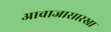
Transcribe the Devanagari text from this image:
आवाजासारखा